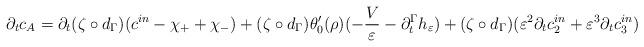
LaTeX: \begin{align*}\partial_t c_A=\partial_t (\zeta \circ d_\Gamma)(c^{in}-\chi_+ +\chi_-)+(\zeta \circ d_\Gamma)\theta_{0}^{\prime}(\rho)(-\frac{V}{\varepsilon}-\partial_{t}^{\Gamma} h_{\varepsilon})+(\zeta \circ d_\Gamma)(\varepsilon^2\partial_t c^{in}_2+\varepsilon^3 \partial_t c^{in}_3)\end{align*}